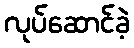
လုပ်ဆောင်ခဲ့